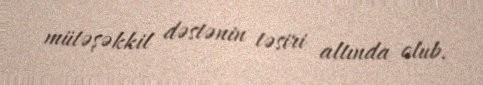
mütəşəkkil dəstənin təsiri altında olub.